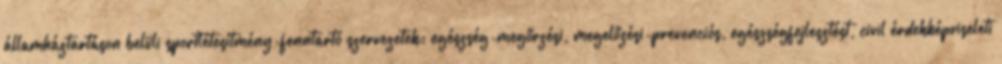
államháztartáson belüli sportlétesítmény-fenntartó szervezetek; egészség-megőrzési, megelőzési-prevenciós, egészségfejlesztést, civil érdekképviseleti